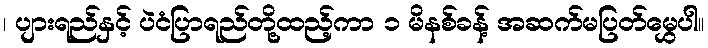
၊ ပျားရည်နှင့် ပဲငံပြာရည်တို့ထည့်ကာ ၁ မိနစ်ခန့် အဆက်မပြတ်မွှေပါ။